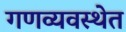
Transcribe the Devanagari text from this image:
गणव्यवस्थेत